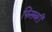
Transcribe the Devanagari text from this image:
फिंसबरी